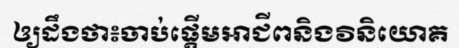
ឲ្យដឹងថា៖ចាប់ផ្តើមអាជីពនិងវិនិយោគ